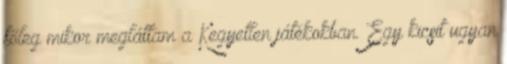
főleg mikor megláttam a Kegyetlen játékokban. Egy kicsit ugyan